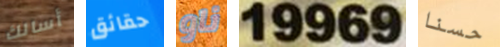
أسالك حقائق ناو 19969 حسنا